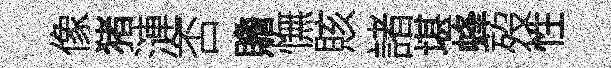
像猪漣否贍憮賅諸堪蜂歿性